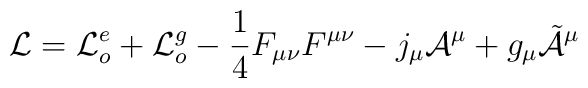
{\cal L} = {\cal L}_o^e + {\cal L}_o^g - \frac{1}{4} F_{\mu \nu}F^{\mu \nu} - j_{\mu}{\cal A}^{\mu} + g_{\mu}\tilde{{\cal A}}^{\mu}